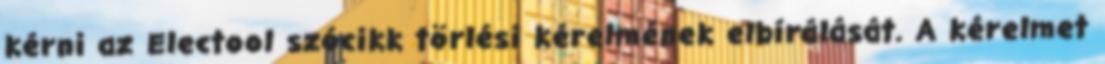
kérni az Electool szócikk törlési kérelmének elbírálását. A kérelmet